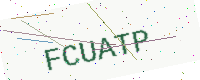
Text: FCUATP